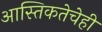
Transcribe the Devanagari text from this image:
आस्तिकतेचेही